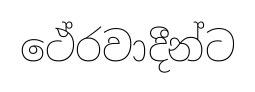
ථේරවාදීන්ට